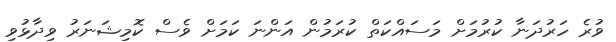
ވުރެ ހަރުދަނާ ކުރުމަށް މަސައްކަތް ކުރަމުން އަންނަ ކަމަށް ވެސް ކޮމިޝަނަރު ވިދާޅުވި